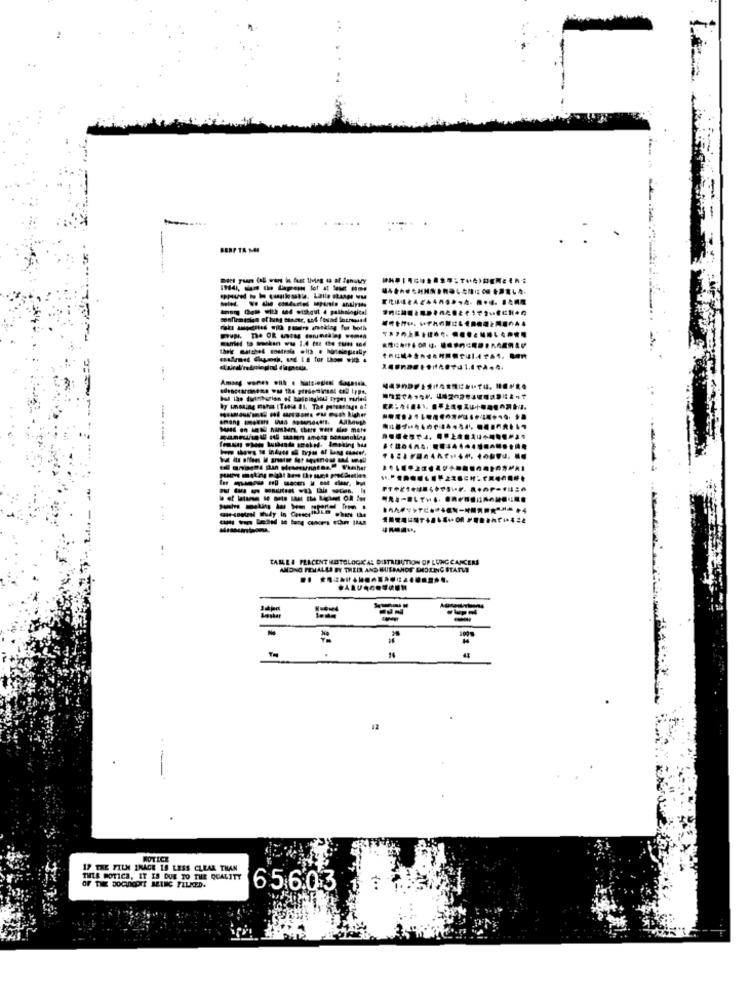
BURP TA MI
-------
----------
. ..
TABLE& PLACENT MESTOLOGK' AL DISTRIBUTION OF LUNG CANCERS
ANDNO FEMALLA BY THEIR AND HUSBANDS SHOLING STATLE
.. ..... .................
44
42
ROTICE
17 THE FILM INACE 19 LESS CLEAR THAN
THES WOTICH, IT IS DUE TO THE QUALITY
65.6.03